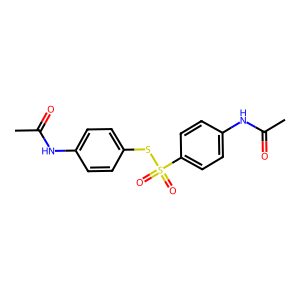
SMILES: CC(=O)Nc1ccc(SS(=O)(=O)c2ccc(NC(C)=O)cc2)cc1
Inhibits HIV replication: No